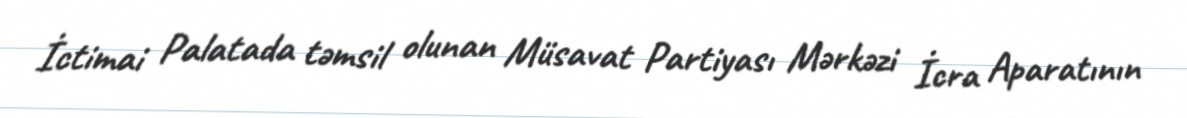
İctimai Palatada təmsil olunan Müsavat Partiyası Mərkəzi İcra Aparatının